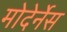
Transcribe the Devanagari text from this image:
मोदेर्नेस